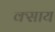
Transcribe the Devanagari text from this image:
क्साय